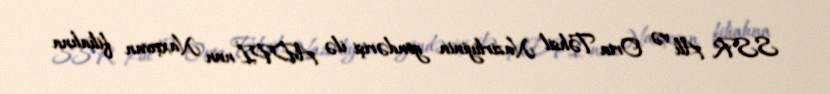
SSR Ali və Orta Təhsil Nazirliyinin göndərişi ilə ADPİ-nun Naxçıvan filialına